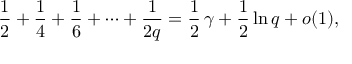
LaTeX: { \frac { 1 } { 2 } } + { \frac { 1 } { 4 } } + { \frac { 1 } { 6 } } + \cdots + { \frac { 1 } { 2 q } } = { \frac { 1 } { 2 } } \, \gamma + { \frac { 1 } { 2 } } \ln q + o ( 1 ) ,